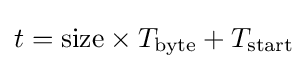
t=\mathrm {size} \times T_{\text{byte}}+T_{\text{start}}